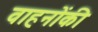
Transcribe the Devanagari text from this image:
वाहनोंकी